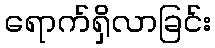
ရောက်ရှိလာခြင်း